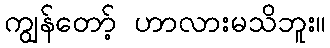
ကျွန်တော့် ဟာလားမသိဘူး။